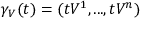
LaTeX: \gamma _ { V } ( t ) = ( t V ^ { 1 } , . . . , t V ^ { n } )